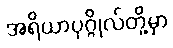
အရိယာပုဂ္ဂိုလ်တို့မှာ